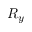
R _ { y }